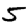
Digit: 5